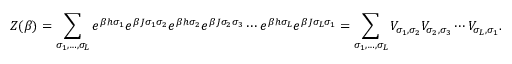
Z ( \beta ) = \sum _ { \sigma _ { 1 } , \ldots , \sigma _ { L } } e ^ { \beta h \sigma _ { 1 } } e ^ { \beta J \sigma _ { 1 } \sigma _ { 2 } } e ^ { \beta h \sigma _ { 2 } } e ^ { \beta J \sigma _ { 2 } \sigma _ { 3 } } \cdots e ^ { \beta h \sigma _ { L } } e ^ { \beta J \sigma _ { L } \sigma _ { 1 } } = \sum _ { \sigma _ { 1 } , \ldots , \sigma _ { L } } V _ { \sigma _ { 1 } , \sigma _ { 2 } } V _ { \sigma _ { 2 } , \sigma _ { 3 } } \cdots V _ { \sigma _ { L } , \sigma _ { 1 } } .